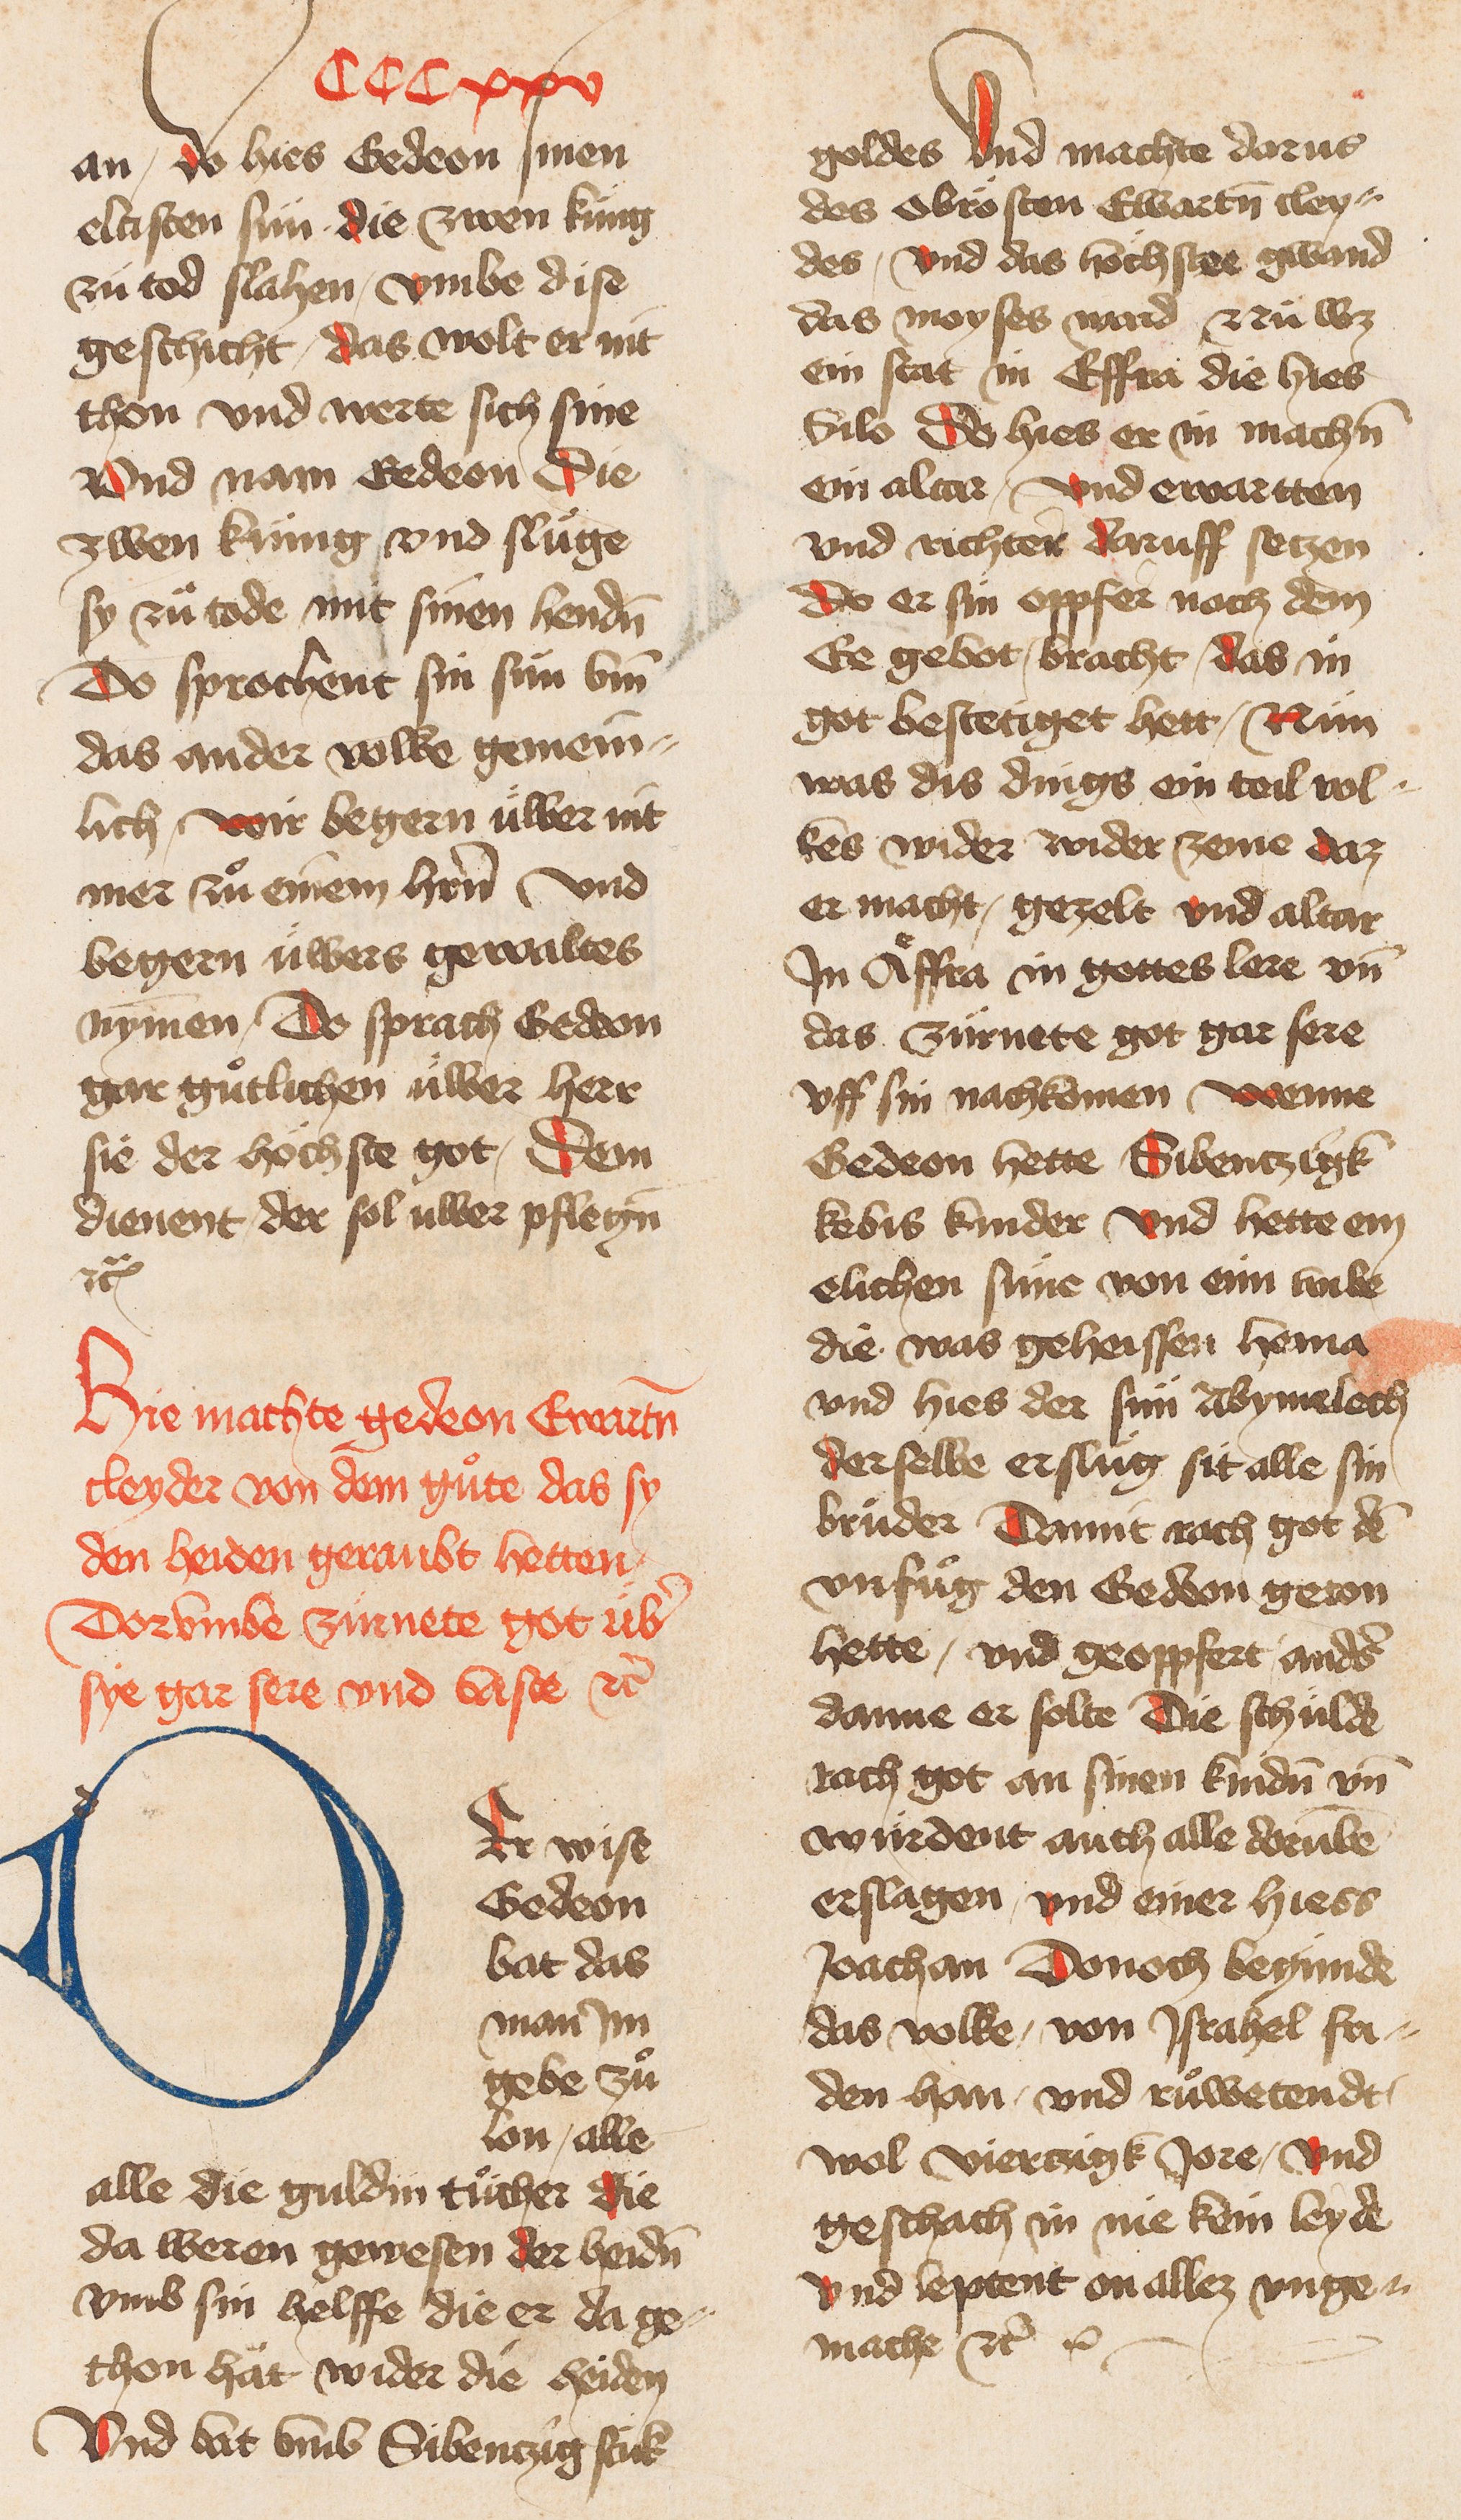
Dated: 1400–1499